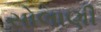
સોલાણી